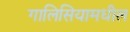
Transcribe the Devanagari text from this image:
गालिसियामधील